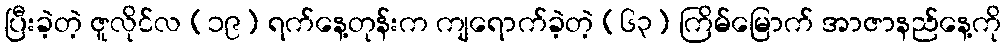
ပြီးခဲ့တဲ့ ဇူလိုင်လ (၁၉) ရက်နေ့တုန်းက ကျရောက်ခဲ့တဲ့ (၆၃) ကြိမ်မြောက် အာဇာနည်နေ့ကို